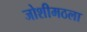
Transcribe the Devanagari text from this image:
जोशीमठला